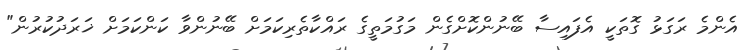
އެންމެ ރަަގަޅު ގޮތަކީ އެފައިސާ ބޭނުންކޮށްގެން މަގުމަތީގެ ރައްކާތެރިކަމަށް ބޭނުންވާ ކަންކަމަށް ޚަރަދުކުރުން"